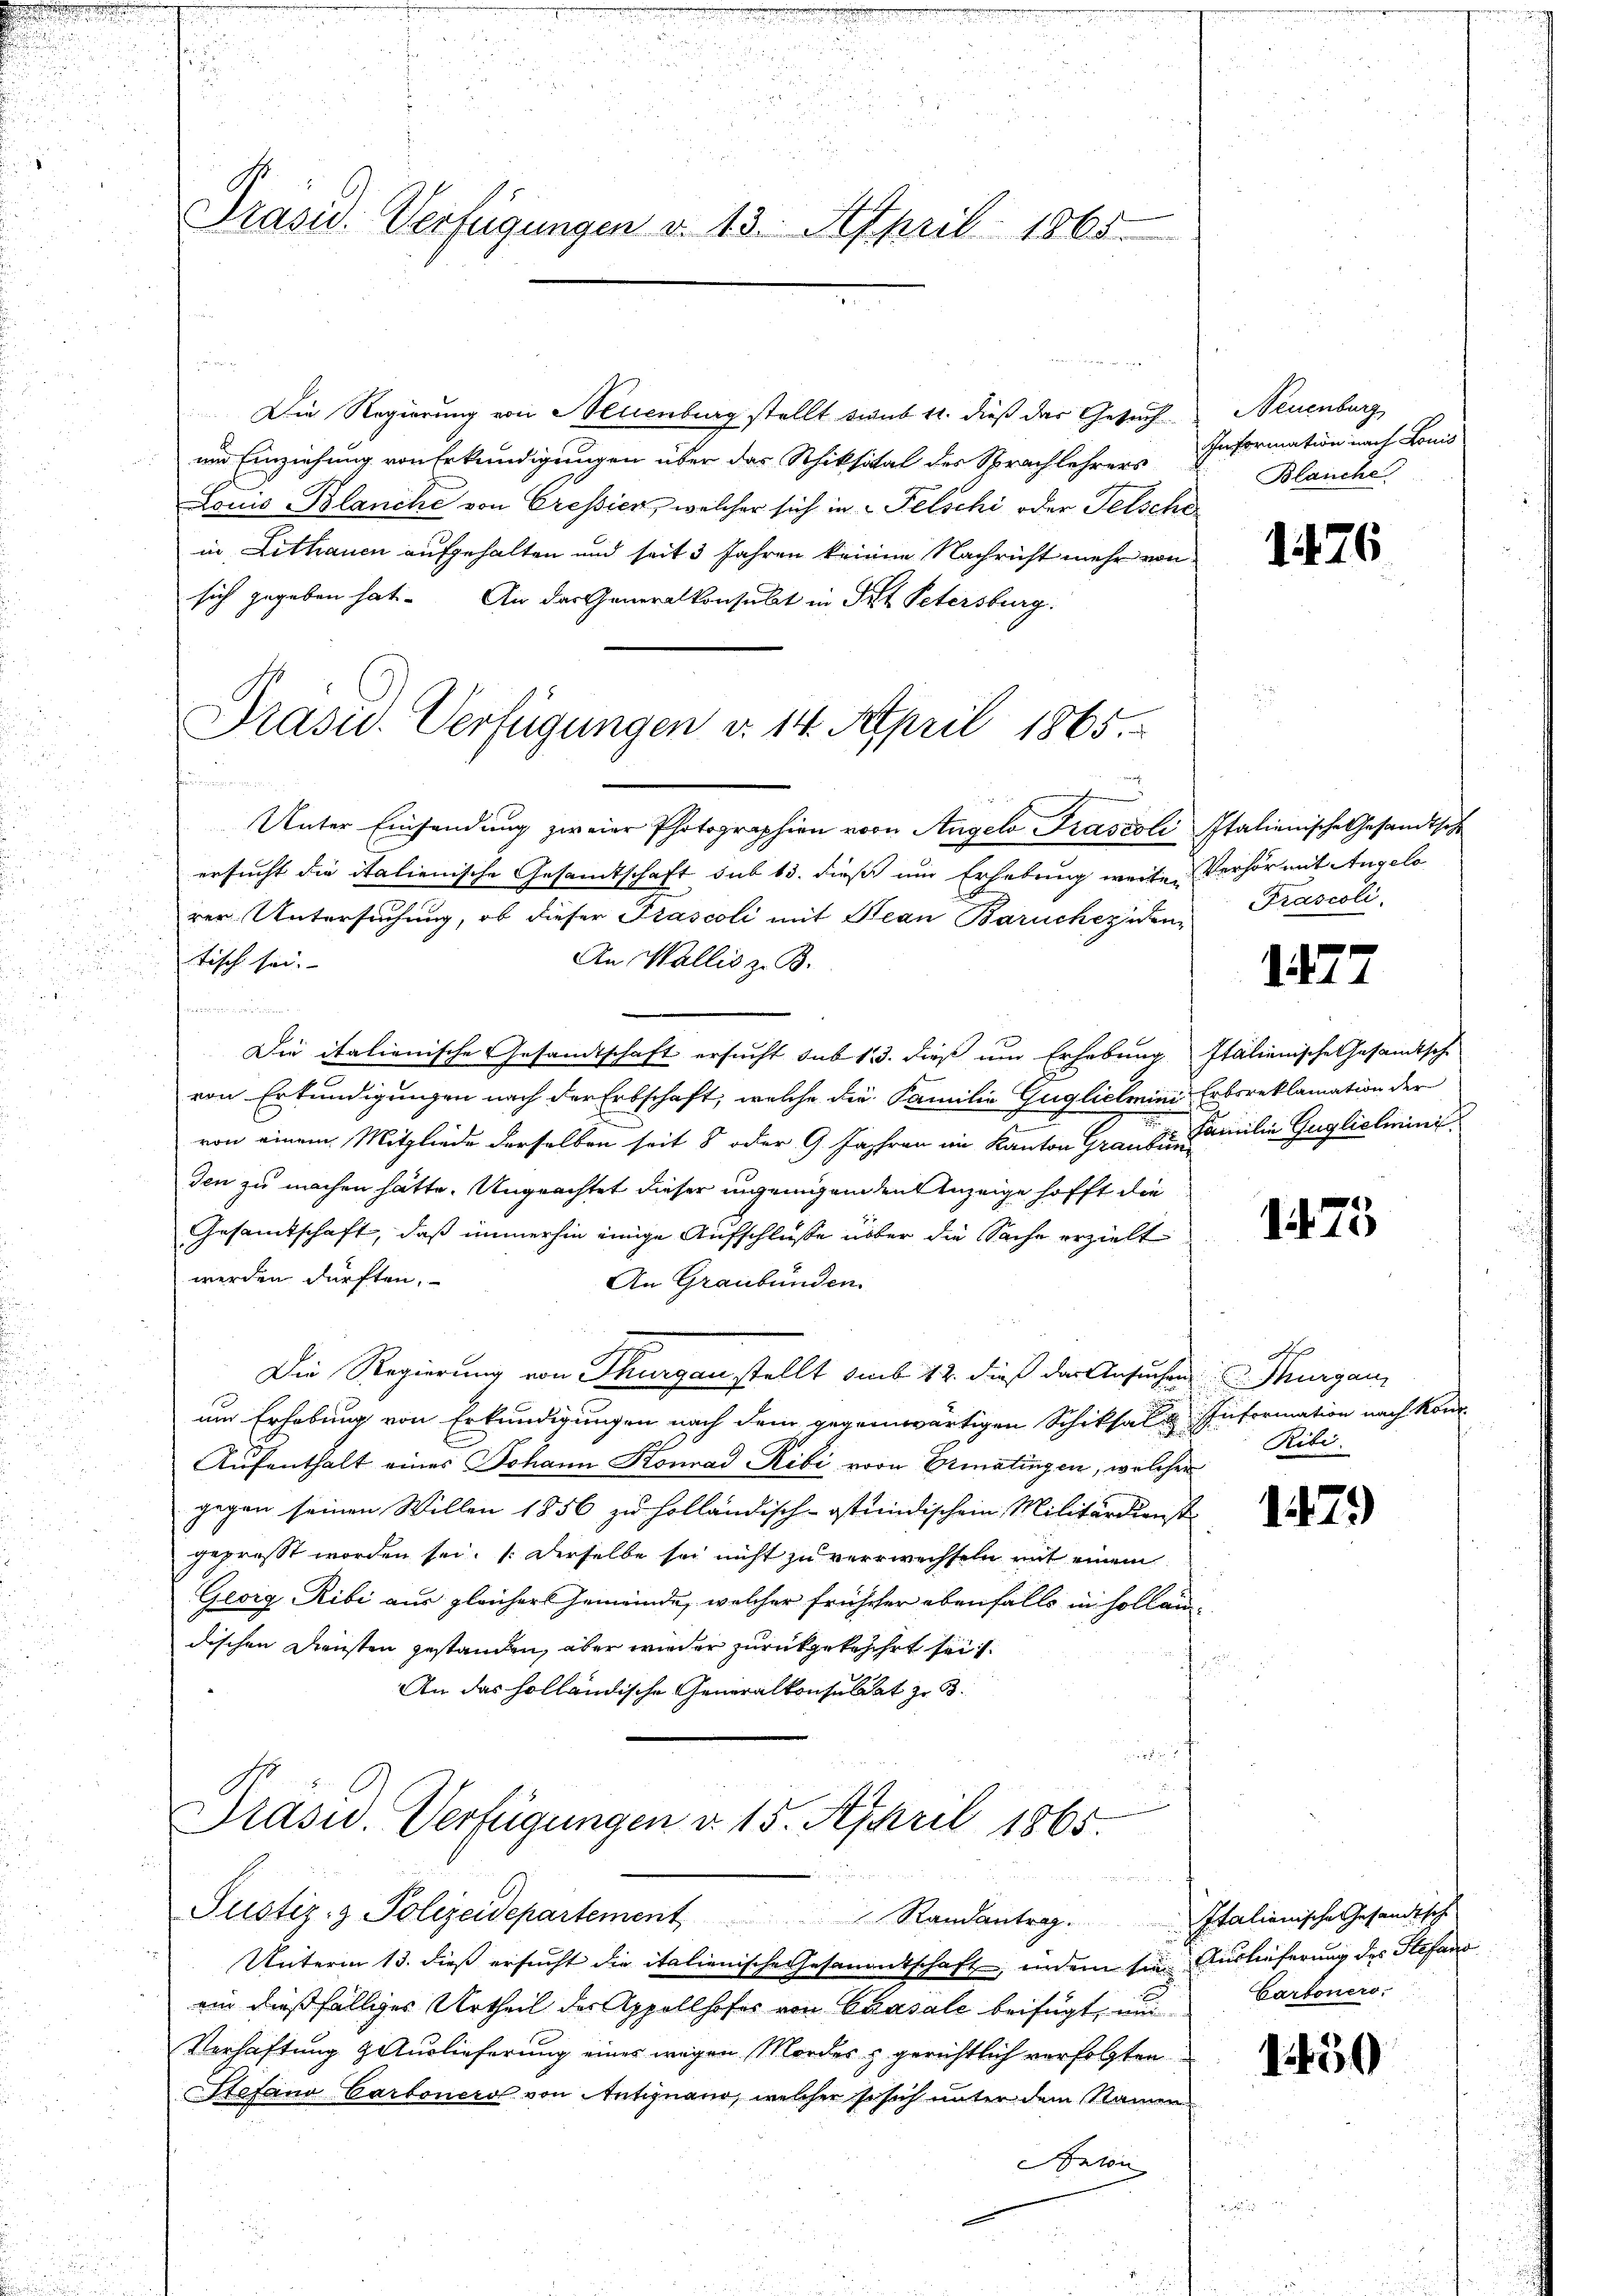
u
Prasis. Verfügungen d. 13. April 1865.

ge
n
Die Regierung von Neuenburg stellt sicut 11. dieß das Gesuch
und Einziehung von Erkundigungen über das Schiksital des Sprachlehrers Information nach Lonis
Louis Blanche von Cressier, welcher sich in Felschi oder Felschein Lithauen aufgehalten und seit 3 Jahren keine Nachricht mehr von
sich gegeben hat. An der Generalkonsulat in Tit. Petersburg.
Präsid. Verfügungen v. 14. April 1865.

Justiz- & Polizeidepartement              Randantrag.
Unterm 13. dieß ersucht die italienische Gesamentschaft, indem sie Auslieferung des Stefand

ein dießfälliges Urtheil der Appellhofes von Chasale beifügt, und Bartonero
Verhaftung & Auslieferung einer wegen Mordes & gerichtlich verfolgten
Stefand Carbonero von Antignano, welcher so sich unter dem Namen
Baion

Neuenburg
Blanche

Unter Einsendung zweier Photographien von Angelo Prascoli Italienische Gesandtsche
ersucht die italienische Gesamtschaft sub 15. dieß um Erhebung weite Verhör mit Angelo
rer Untersuchung, ob dieser Pascoli mit Bean Barucheidentisch sei.
An Wallis z. B.
i

Die italienische Gesandtschaft ersucht sub 13. dieß um Erhebung Italienische Gesandtsche
von Erkundigungen nach der Erbschaft, welche die Familie Gugliclmini Erbsreklamation der
von einem Mitgliede derselben seit 8 oder 9 Jahren im Kanton Graube milie Guglicheini
den zu machen hätte. Ungeachtet dieser ungenügenden Anzeige hofft die
Gesamtschaft, daß immerhin einige Aufschlüße über die Sache erzielt
werden dürften.
An Graubünden.
Die Regierung von Thurgau stellt sub 12. dieß der Ansuchen Thurgau,
um Erhebung von Erkundigungen nach dem gegenwärtigen Schiksal u Information nach Kont
Aufenthalt eines Johann Konrad Ribi von Ermatingen, welcher
gegen seinen Willen 1856 zu holländisch-östundischein Militärdienst
geprost worden sei. (Derselbe sei nicht zu verrwechseln mit einem
Georg Ribi aus gleichers Gemeinde, welcher früheher ebenfalls in sollendischen Diensten gestanden, aber wieder zurückgekehrt seit
f
An das holländische Generalkonsultat zu 3.
e
e
Präsid.. Verfügungen v. 15. April 1865.

r

1476

Prascoli.

1727

1475

of
Ribi.

1173)

Italienische Gesandtsch

150